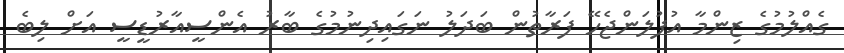
ގެއްލުމުގެ ޒިންމާ އުފުލަންޖެހޭ ފަރާތުން ބަދަލު ނަގައިދިނުމުގެ ބާރު އެންސީއާރުޑީސީ އަށް ލިބެ